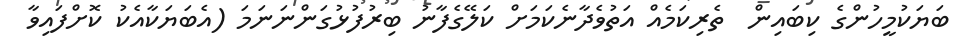
ބަޔަކުމީހުންގެ ކިބައިން  ތެރިކަމެއް އަތުވެދާނެކަމަށް ކަލޭގެފާނު ބިރުފުޅުގަންނަނަމަ (އެބަޔަކާއެކު ކޮށްފައިވާ